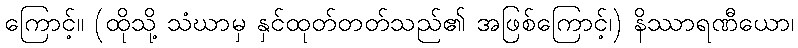
ကြောင့်။ (ထိုသို့ သံဃာမှ နှင်ထုတ်တတ်သည်၏ အဖြစ်ကြောင့်၊) နိဿာရဏီယော၊